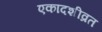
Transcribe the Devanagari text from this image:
एकादशीव्रत